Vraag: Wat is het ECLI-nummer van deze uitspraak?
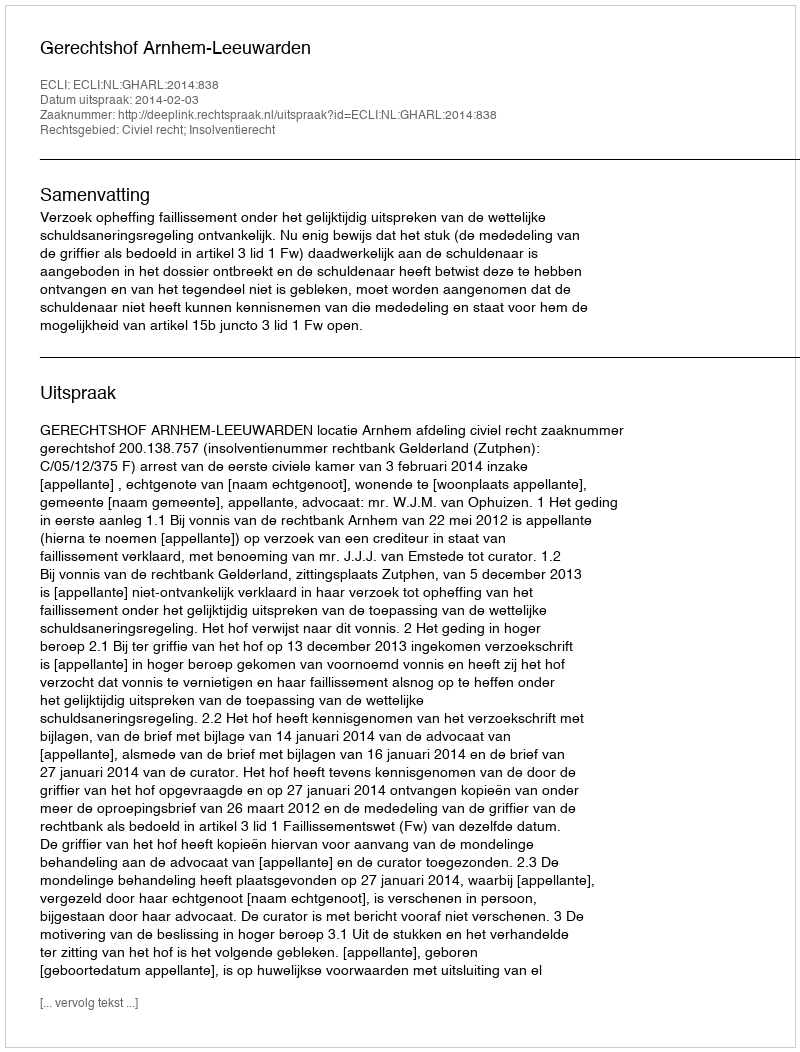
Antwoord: ECLI:NL:GHARL:2014:838